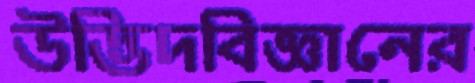
উদ্ভিদবিজ্ঞানের